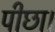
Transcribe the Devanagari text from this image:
पीछा।